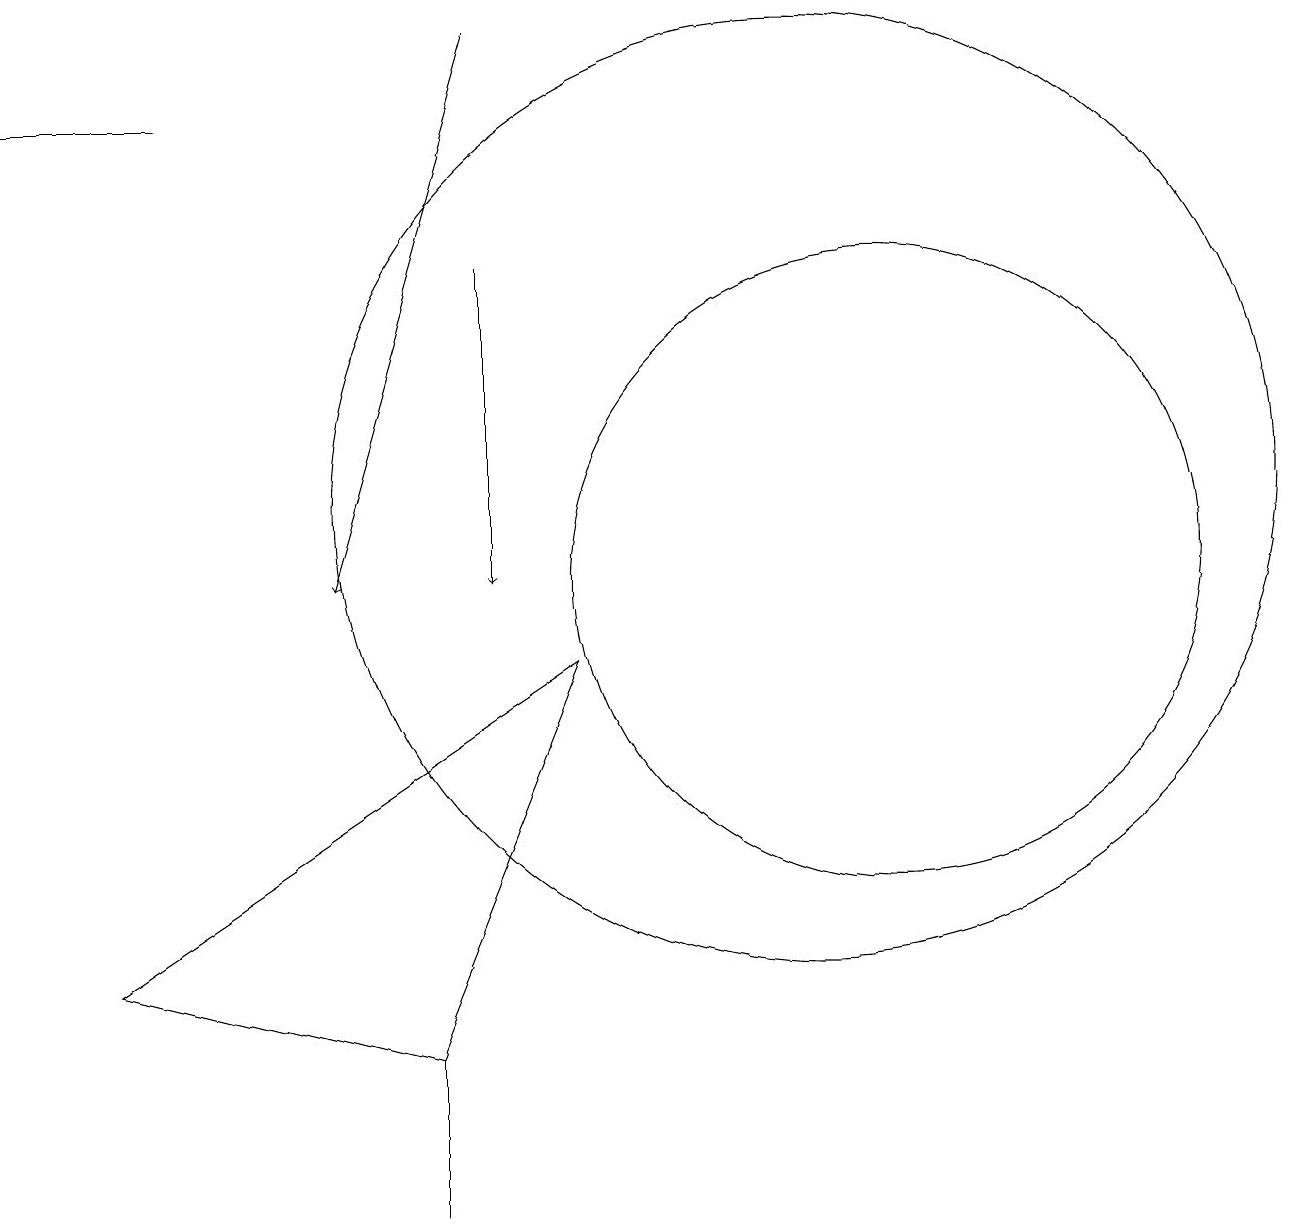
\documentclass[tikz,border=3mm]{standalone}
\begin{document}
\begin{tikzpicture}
\draw (1,16) rectangle (3,16);
\draw[->] (7,14) -- (7,10);
\draw (6,4) -- (8,9) -- (2,5) -- cycle;
\draw (11,11) circle (6);
\draw (12,10) circle (4);
\draw[->] (7,17) -- (5,10);
\draw (6,3) -- (6,2) -- (6,4) -- cycle;
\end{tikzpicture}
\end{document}